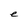
Character: e